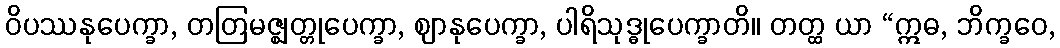
ဝိပဿနုပေက္ခာ, တတြမဇ္ဈတ္တုပေက္ခာ, ဈာနုပေက္ခာ, ပါရိသုဒ္ဓုပေက္ခာတိ။ တတ္ထ ယာ “ဣဓ, ဘိက္ခဝေ,